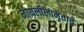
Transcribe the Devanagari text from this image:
नाथलीलामृताचे